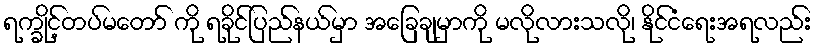
ရက္ခိုင့်တပ်မတော် ကို ရခိုင်ပြည်နယ်မှာ အခြေချမှာကို မလိုလားသလို၊ နိုင်ငံရေးအရလည်း